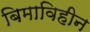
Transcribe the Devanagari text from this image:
बिमाविहीन